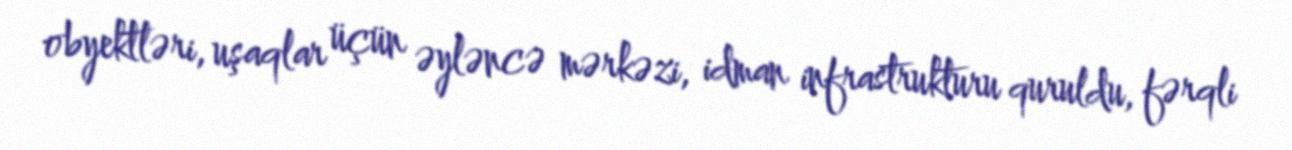
obyektləri, uşaqlar üçün əyləncə mərkəzi, idman infrastrukturu quruldu, fərqli